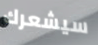
سيشعرك